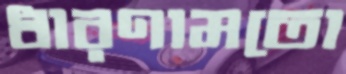
ধারণামতো